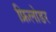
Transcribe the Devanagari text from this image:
फ्रिलोडर